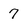
Character: 7